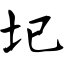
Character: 圮